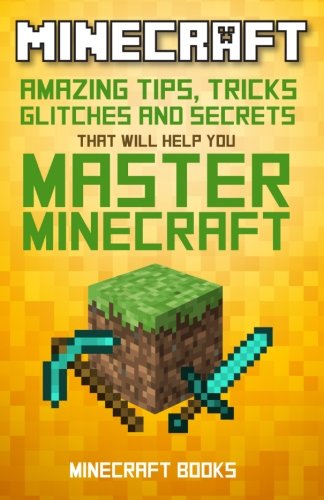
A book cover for Minecraft: AMAZING Tips, Tricks, Secrets and Glitches That Will Help You Master Minecraft; Minecraft Books; Humor & Entertainment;